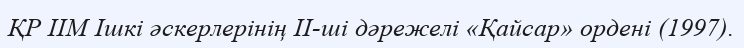
ҚР ІІМ Ішкі әскерлерінің ІІ-ші дәрежелі «Қайсар» ордені (1997).